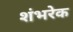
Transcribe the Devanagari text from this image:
शंभरेक